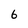
Character: 6